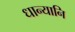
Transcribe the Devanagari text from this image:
धान्यानि